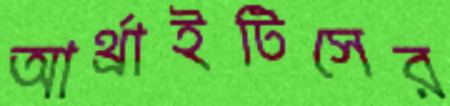
আর্থ্রাইটিসের